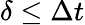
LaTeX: \delta\leq\Delta t